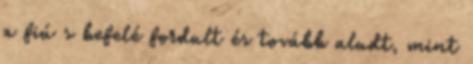
a fiú s befelé fordult és tovább aludt, mint